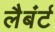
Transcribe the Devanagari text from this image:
लैबंर्ट